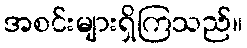
အစင်းများရှိကြသည်။